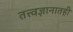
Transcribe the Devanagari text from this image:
तत्त्वज्ञानातही